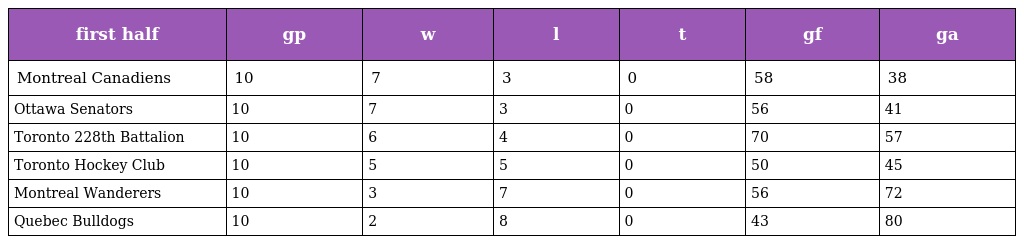
| first half | gp | w | l | t | gf | ga |
 | --- | --- | --- | --- | --- | --- | --- |
 | Montreal Canadiens | 10 | 7 | 3 | 0 | 58 | 38 |
 | Ottawa Senators | 10 | 7 | 3 | 0 | 56 | 41 |
 | Toronto 228th Battalion | 10 | 6 | 4 | 0 | 70 | 57 |
 | Toronto Hockey Club | 10 | 5 | 5 | 0 | 50 | 45 |
 | Montreal Wanderers | 10 | 3 | 7 | 0 | 56 | 72 |
 | Quebec Bulldogs | 10 | 2 | 8 | 0 | 43 | 80 |